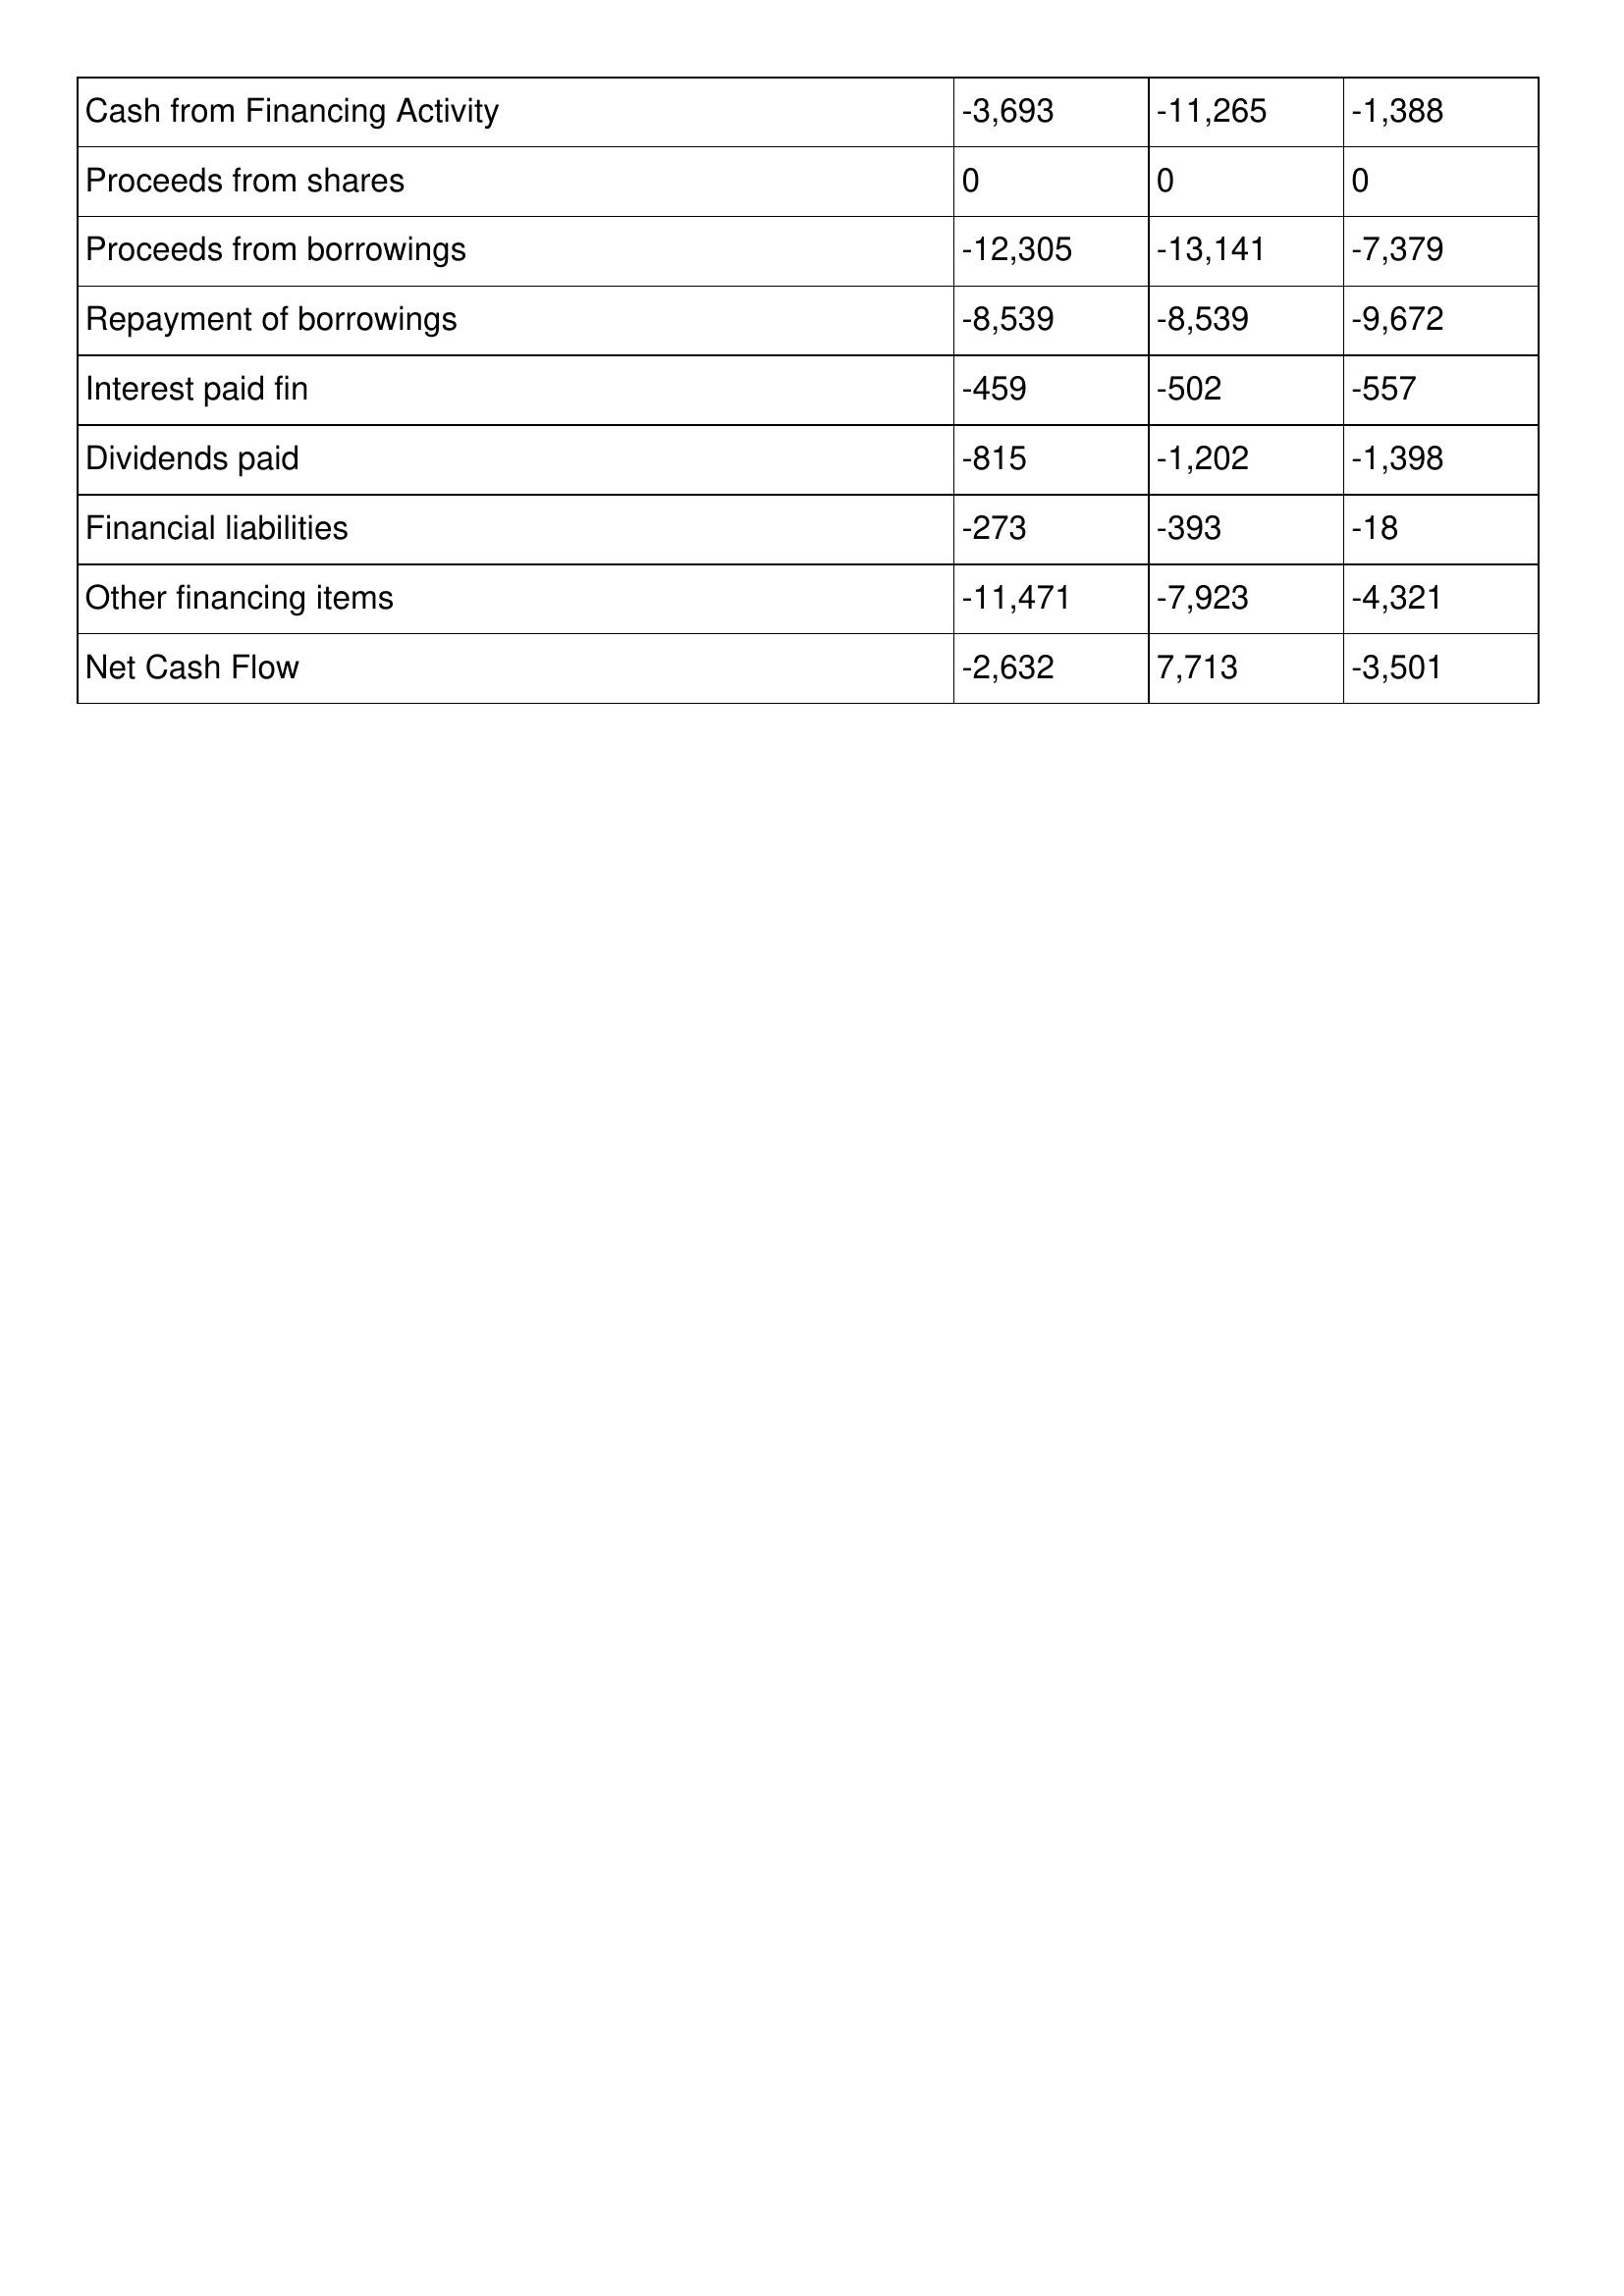
gt_parse: 2019: Cash Flows: Cash from Financing Activity: -3,693
Proceeds from shares: 0
Proceeds from borrowings: -12,305
Repayment of borrowings: -8,539
Interest paid fin: -459
Dividends paid: -815
Financial liabilities: -273
Other financing items: -11,471
Net Cash Flow: -2,632
2018: Cash Flows: Cash from Financing Activity: -11,265
Proceeds from shares: 0
Proceeds from borrowings: -13,141
Repayment of borrowings: -8,539
Interest paid fin: -502
Dividends paid: -1,202
Financial liabilities: -393
Other financing items: -7,923
Net Cash Flow: 7,713
2017: Cash Flows: Cash from Financing Activity: -1,388
Proceeds from shares: 0
Proceeds from borrowings: -7,379
Repayment of borrowings: -9,672
Interest paid fin: -557
Dividends paid: -1,398
Financial liabilities: -18
Other financing items: -4,321
Net Cash Flow: -3,501